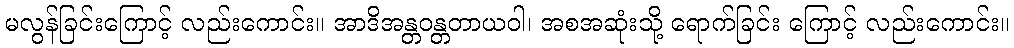
မလွန်ခြင်းကြောင့် လည်းကောင်း။ အာဒိအန္တဝန္တတာယဝါ၊ အစအဆုံးသို့ ရောက်ခြင်း ကြောင့် လည်းကောင်း။